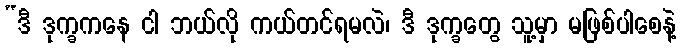
“ဒီ ဒုက္ခကနေ ငါ ဘယ်လို ကယ်တင်ရမလဲ၊ ဒီ ဒုက္ခတွေ သူ့မှာ မဖြစ်ပါစေနဲ့